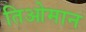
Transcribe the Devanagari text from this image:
तिओमान